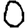
Digit: 0